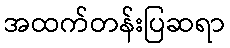
အထက်တန်းပြဆရာ